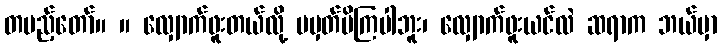
တပည့်တော်။ ။ လျှောက်ဖူးတယ်လို့ မမှတ်မိကြပါဘူး၊ လျှောက်ဖူးယင်လဲ ဆရာက ဘယ်မှာ